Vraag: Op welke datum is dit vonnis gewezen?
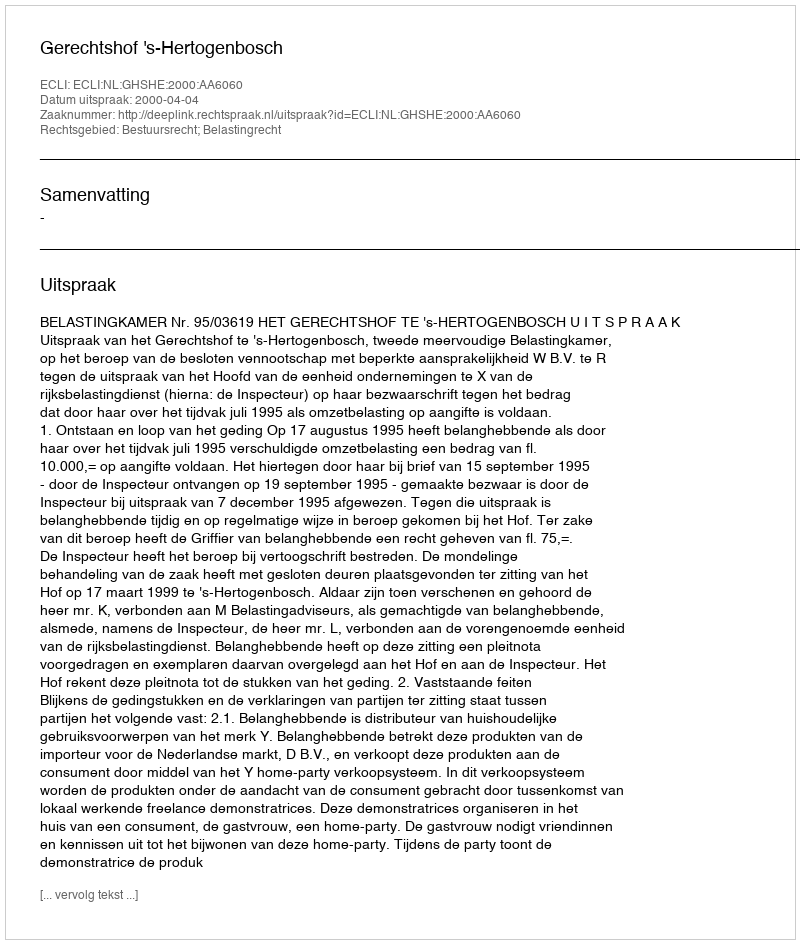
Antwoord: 2000-04-04